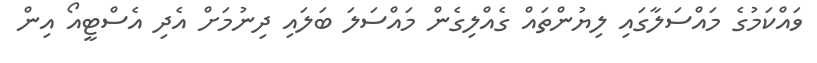
ވައްކަމުގެ މައްސަލާގައި ލިޔުންތައް ގެއްލިގެން މައްސަލަ ބަލައި ދިނުމަށް އެދި އެސްޓީއޯ އިން